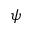
\psi